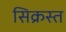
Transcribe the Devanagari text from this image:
सिक्रस्त